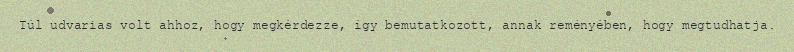
Túl udvarias volt ahhoz, hogy megkérdezze, így bemutatkozott, annak reményében, hogy megtudhatja.